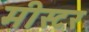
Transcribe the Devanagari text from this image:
मीस्टर